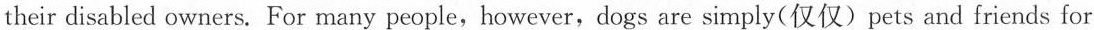
their disabled owners. For many people,however,dogs are simply(仅仅)pets and friends for